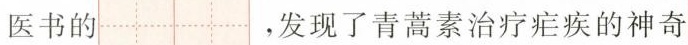
医书的 ，发现了青蒿素治疗疟疾的神奇